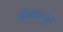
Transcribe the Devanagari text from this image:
जीनापुर